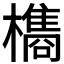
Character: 𭬥